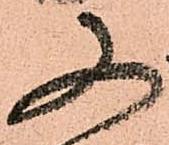
又